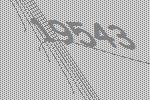
19543